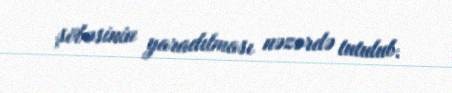
şöbəsinin yaradılması nəzərdə tutulub.